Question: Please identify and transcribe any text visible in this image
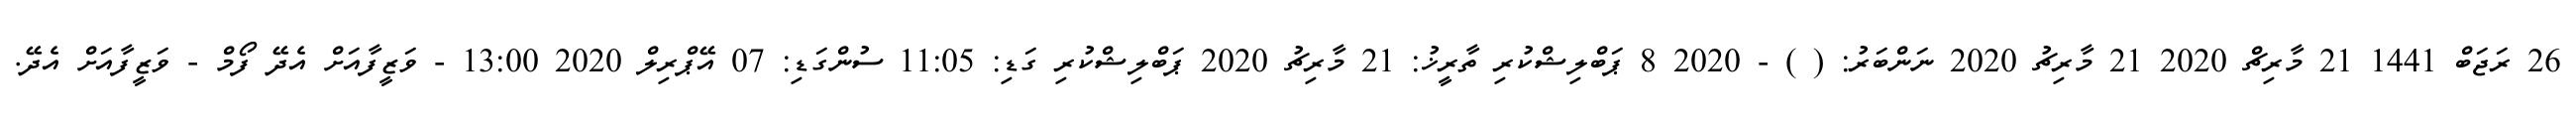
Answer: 26 ރަޖަބް 1441 21 މާރިޗް 2020 21 މާރިޗު 2020 ނަންބަރު: ( ) - 2020 8 ޕަބްލިޝްކުރި ތާރީޚު: 21 މާރިޗު 2020 ޕަބްލިޝްކުރި ގަޑި: 11:05 ސުންގަޑި: 07 އޭޕްރިލް 2020 13:00 - ވަޒީފާއަށް އެދޭ ފޯމް - ވަޒީފާއަށް އެދޭ.